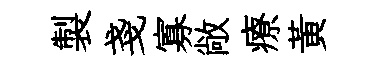
製戔寡敞療黃